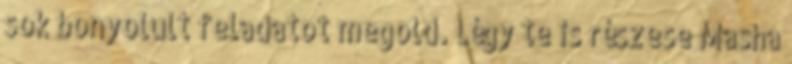
sok bonyolult feladatot megold. Légy te is részese Masha